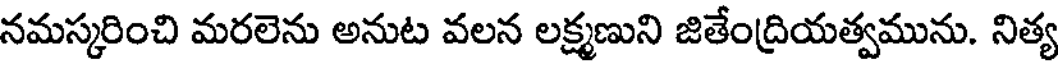
నమస్కరించి మరలెను అనుట వలన లక్ష్మణుని జితేంద్రియత్వమును. నిత్య